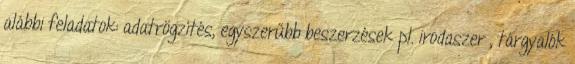
alábbi feladatok: adatrögzítés, egyszerűbb beszerzések pl. irodaszer , tárgyalók